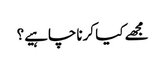
مجھے کیا کرناچاہیے؟